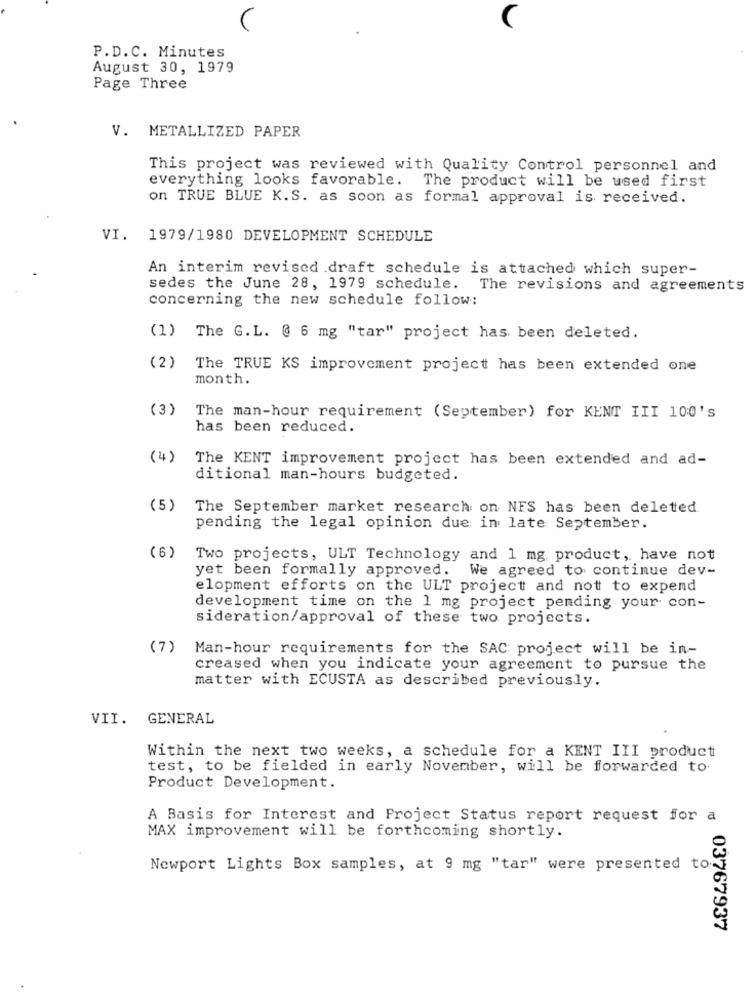
C
P.D.C. Minutes
August 30, 1979
Page Three
V. METALLIZED PAPER
This project was reviewed with Quality Control personnel and
everything looks favorable.
The product will be used first
on TRUE BLUE K.S. as soon as formal approval is received.
VI. 1979/1980 DEVELOPMENT SCHEDULE
An interim revised .draft schedule is attached which super-
sedes the June 28, 1979 schedule. The revisions and agreements
concerning the new schedule follow:
(1) The G.L. @ 6 mg "tar" project has been deleted.
(2)
The TRUE KS improvement project has been extended one
month.
(3)
The man-hour requirement (September) for KENT III 100'S
has been reduced.
(4)
The KENT improvement project has been extended and ad-
ditional man-hours budgeted.
(5)
The September market research on NFS has been deleted
pending the legal opinion due in late September.
(6)
Two projects, ULT Technology and 1 mg, product, have not
yet been formally approved. We agreed to continue dev-
elopment efforts on the ULT project and not to expend
development time on the 1 mg project pending your con-
sideration/approval of these two projects.
(7)
Man-hour requirements for the SAC project will be in-
creased when you indicate your agreement to pursue the
matter with ECUSTA as described previously.
VII. GENERAL
Within the next two weeks, a schedule for a KENT III product
test, to be fielded in early November, will be forwarded to.
Product Development.
A Basis for Interest and Project Status report request for a
MAX improvement will be forthcoming shortly.
Newport Lights Box samples, at 9 mg "tar" were presented to.
03767937